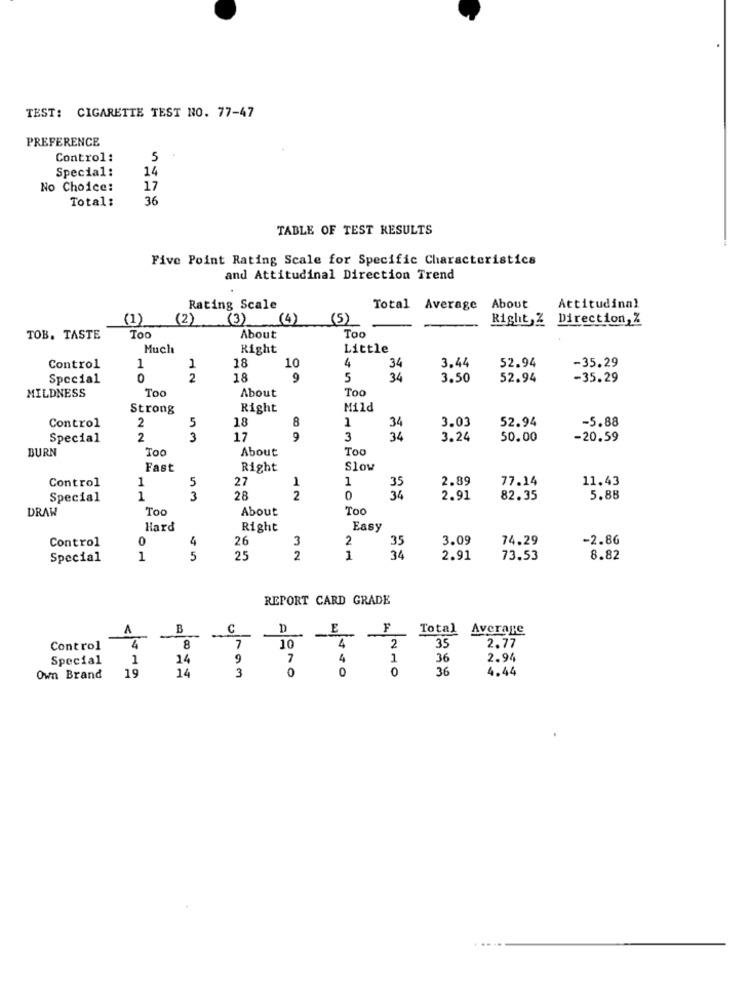
TEST: CIGARETTE TEST NO. 77-47
PREFERENCE
Control:
5
Special:
14
No Choice:
17
Total:
36
TABLE OF TEST RESULTS
Five Point Rating Scale for Specific Characteristics
and Attitudinal Direction Trend
Rating Scale
Total Average About
Attitudinal
(1)
(2)
(3)
(4) (5)
Right,Z Direction, Z
Too
TOB. TASTE
Too
About
Much
Right
Little
18
4
52.94
Control
1
10
34
3.44
-35.29
Special
0
2
18
9
5
34
3.50
52.94
-35.29
To
About
Too
MILDNESS
Strong
Right
Mild
5
18
8
1
3.03
52.94
-5.88
Control
2
34
Special
2
3
17
9
3
34
3.24
50.00
-20.59
BURN
Toc
About
To
Fast
Right
Slow
Control
1
5
27
1
1
2.89
77.14
11.43
35
Special
1
3
28
2
34
2.91
82.35
5.88
DRAW
Too
About
Too
Hard
Right
Easy
Control
0
4
26
3
2
35
3.09
74.29
-2.86
Special
1
5
25
2
1
34
2.91
73.53
8.82
REPORT CARD GRADE
A
B
C
D
E
F
Total Average
-
7
-
2
35
Control
4
8
10
4
2.77
Special
1
14
7
4
1
36
2.96
19
14
3
0
0
0
36
4.44
Own Brand